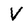
Character: V